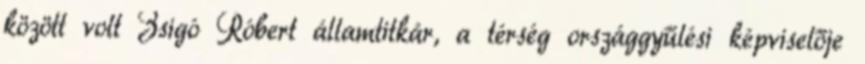
között volt Zsigó Róbert államtitkár, a térség országgyűlési képviselője